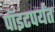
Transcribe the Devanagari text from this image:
पॉइंटपर्यंत